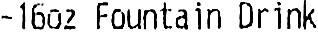
-16OZ FOUNTAIN DRINK